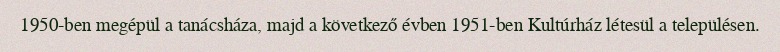
1950-ben megépül a tanácsháza, majd a következő évben 1951-ben Kultúrház létesül a településen.